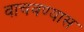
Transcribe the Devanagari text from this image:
वाचवण्यास